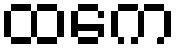
ထကေ